Insane asylums in Bengal annual reports 1867-1875 - 1867-1875
Year: 1867
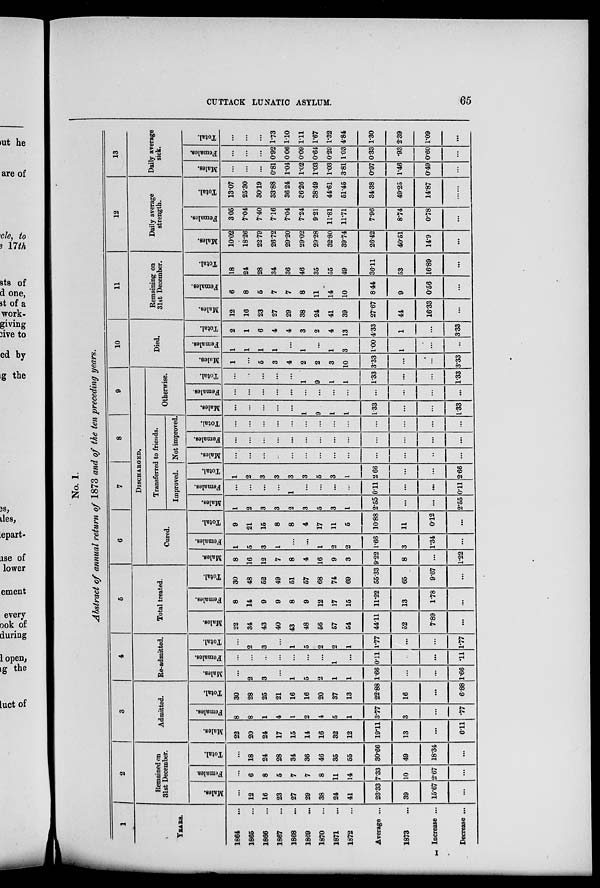
CUTTACK LUNATIC ASYLUM.
65
No. I.
Abstract of annual return of 1873 and of the ten preceding years.
1
YEARS.
1864 ...
1865 ...
1866 ...
1867 ...
1868 ...
1869 ...
1870 ...
1871 ...
1872 ...
Average ...
1873 ...
Increase ...
Decrease ...
2
Remained on
31st December.
Males.
...
12
16
23
27
29
38
24
41
23.33
39
15.67
...
Females.
...
6
8
5
7
7
8
11
14
7.33
10
2.67
...
Total.
...
18
24
28
34
36
46
35
55
30.66
49
18.34
...
3
Admitted.
Males.
22
20
24
17
15
14
16
32
12
19.11
13
...
6.11
Females.
8
8
1
4
1
2
4
5
1
3.77
3
...
.77
Total.
30
28
25
21
16
16
20
37
13
22.88
16
...
6.88
4
Re-admitted.
Males.
...
2
3
...
1
5
2
1
1
1.66
...
...
1.66
Females.
...
...
...
...
...
...
...
1
...
0.11
...
...
.11
Total.
...
2
3
...
1
5
2
2
1
1.77
...
...
1.77
5
Total treated.
Males.
22
34
43
40
43
48
56
57
54
44.11
52
7.89
...
Females.
8
14
9
9
8
9
12
17
15
11.22
13
1.78
...
Total.
30
48
52
49
51
57
68
74
69
55.33
65
9.67
...
6
7
8
9
DISCHARGED.
Cured.
Males.
8
16
12
7
8
4
16
9
3
9.22
8
...
1.22
Females.
1
5
3
1
...
...
1
2
2
1.66
3
1.34
...
Total.
9
21
15
8
8
4
17
11
5
10.88
11
0.12
...
Transferred to friends.
Improved.
Males.
1
2
3
3
2
3
5
3
1
2.55
...
...
2.55
Females.
...
...
...
...
1
...
...
...
...
0.11
...
...
0.11
Total.
1
2
3
3
3
3
5
3
1
2.66
...
...
2.66
Not improved
Males.
...
...
...
...
...
...
...
...
...
...
...
..
...
Females.
...
...
...
...
...
...
...
...
...
...
...
...
...
Total.
...
...
...
...
...
...
...
...
...
...
...
...
...
Otherwise.
Males.
...
...
...
...
...
1
9
1
1
1.33
...
...
1.33
Females.
...
...
...
...
...
...
...
...
...
...
...
...
...
Total.
...
...
...
...
...
1
9
1
1
1.33
...
...
1.33
10
Died.
Males.
1
...
5
3
4
2
2
3
10
3.33
...
...
3.33
Females.
1
1
1
1
...
1
...
1
3
1.00
1
...
...
Total.
2
1
6
4
4
3
2
4
13
4.33
1
...
3.33
11
Remaining on
31st December.
Males.
12
16
23
27
29
38
24
41
39
27.67
44
16.33
...
Females.
6
8
5
7
7
8
11
14
10
8.44
9
0.56
...
Total.
18
24
28
34
36
46
35
55
49
36.11
53
16.89
...
12
Daily average
strength.
Males.
10.02
18.26
22.79
26.72
29.20
29.02
29.28
32.80
39.74
26.42
40.51
14.9
...
Females.
3.05
7.04
7.40
7.16
7.04
7.24
9.21
11.81
11.71
7.96
8.74
0.78
...
Total.
13.07
25.30
30.19
33.88
36.24
36.26
38.49
44.61
51.45
34.38
49.25
14.87
...
13
Daily average
sick.
Males.
...
...
...
0.81
1.04
1.02
1.03
1.03
3.81
0.97
1.46
0.49
...
Females.
...
...
...
0.92
0.06
0.09
0.64
0.29
1.03
0.33
.93
0.60
...
Total.
...
...
...
1.73
1.10
1.11
1.67
1.32
4.84
1.30
2.39
1.09
...
I